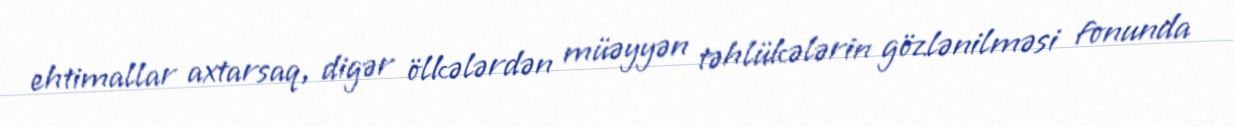
ehtimallar axtarsaq, digər ölkələrdən müəyyən təhlükələrin gözlənilməsi fonunda